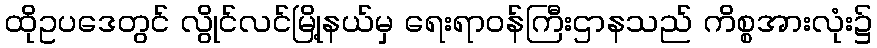
ထိုဥပဒေတွင် လွိုင်လင်မြို့နယ်မှ ရေးရာဝန်ကြီးဌာနသည် ကိစ္စအားလုံး၌